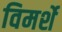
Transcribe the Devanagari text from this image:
विमर्शे